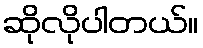
ဆိုလိုပါတယ်။